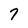
Character: 7